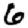
Digit: 6